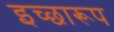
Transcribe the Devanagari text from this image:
इच्छारूप